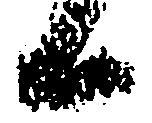
候